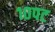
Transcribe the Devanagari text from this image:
१०पट